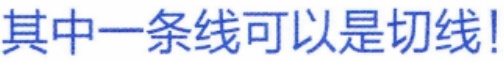
其中一条线可以是切线!